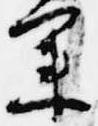
業